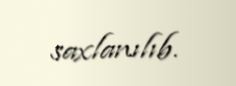
saxlanılıb.